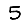
Digit: 5